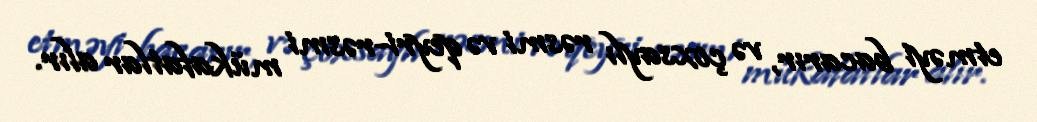
etməyi bacarır, və çoxsaylı rəsmi və qeyri-rəsmi mükafatlar alır.